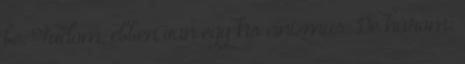
be. Tudom, ebben van egy kis cinizmus. De három: